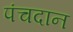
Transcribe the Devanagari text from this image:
पंचदान